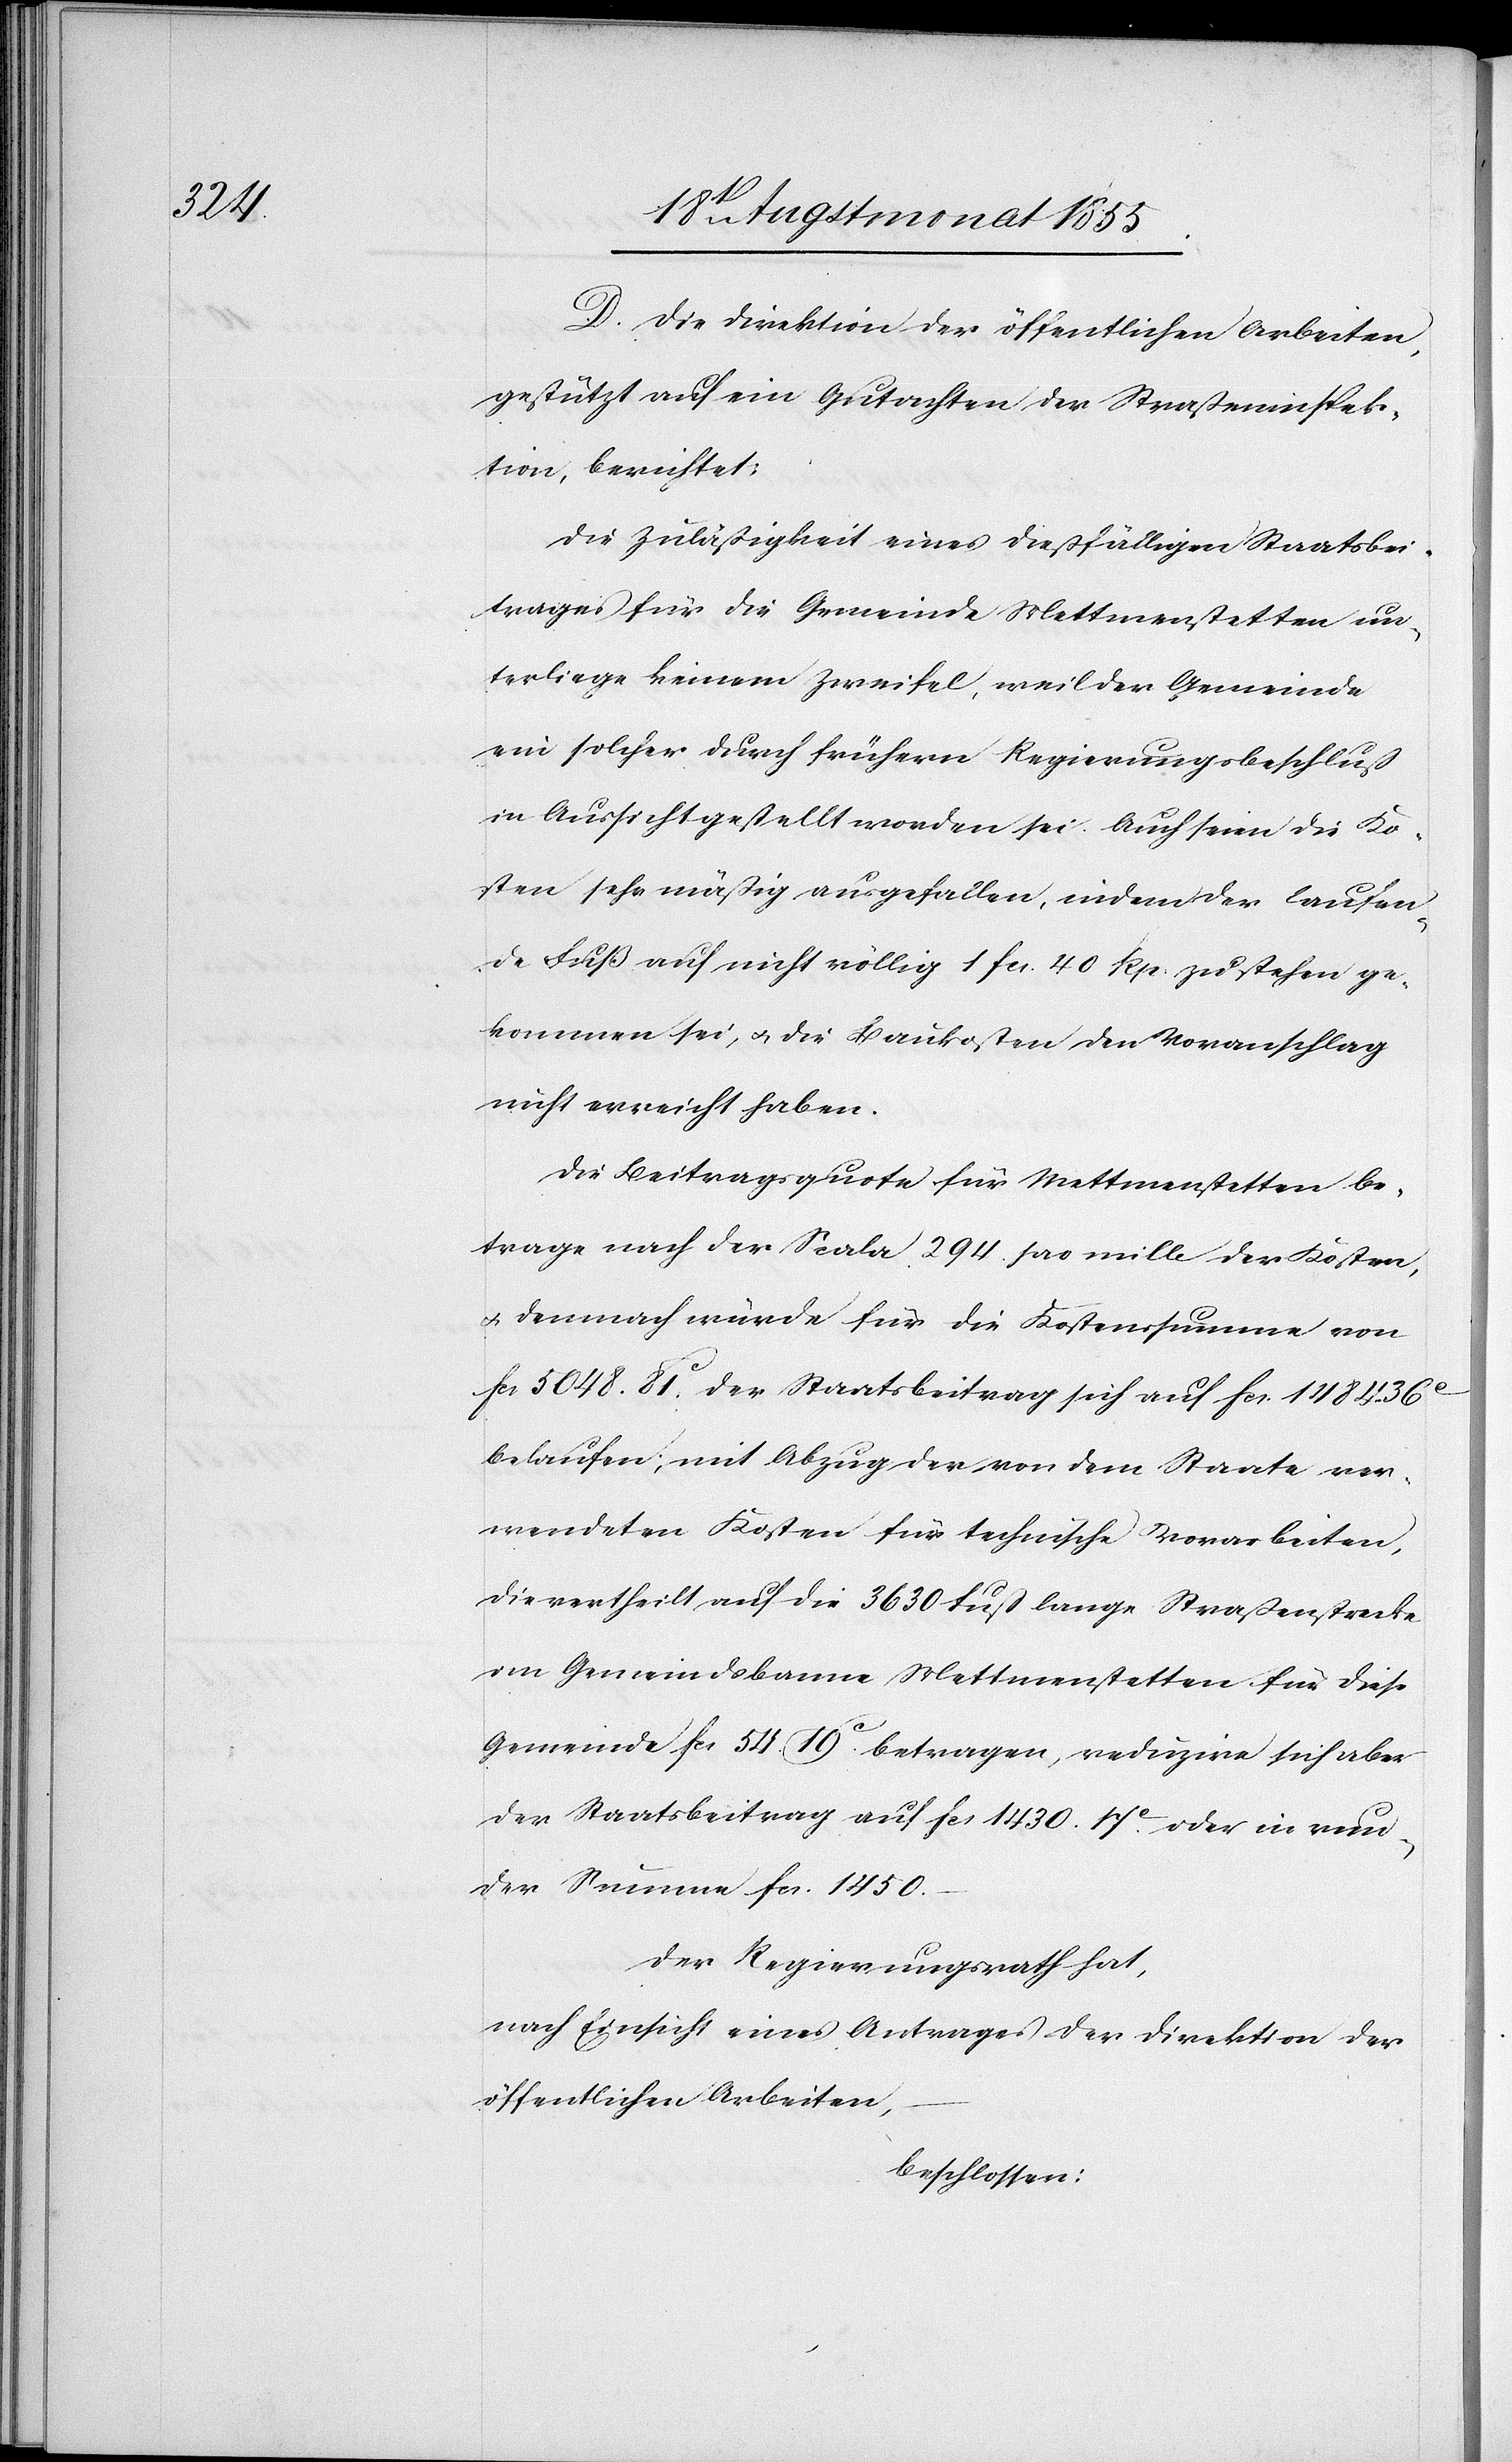
D. Die Direktion der öffentlichen Arbeiten,
gestützt auf ein Gutachten der Straßeninspek¬
tion, berichtet:
Die Zuläßigkeit eines dießfälligen Staatsbei¬
trages für die Gemeinde Mettmenstetten un¬
terliege keinem Zweifel, weil der Gemeinde
ein solcher durch frühern Regierungsbeschluß
in Aussicht gestellt worden sei. Auch seien die Ko¬
sten sehr mäßig ausgefallen, indem der laufen¬
de Fuß auf nicht völlig 1 Fcs. 40 Rp. zu stehen ge¬
kommen sei, & die Baukosten den Voranschlag
nicht erreicht haben.
Die Beitragsquote für Mettmenstetten be¬
trage nach der Scala 294. pro mille der Kosten,
& demnach würde für die Kostenssumme von
Fcs 5048. 81c. der Staatsbeitrag sich auf Fcs. 1484. 36c.
belaufen; mit Abzug der von dem Staate ver¬
wendeten Kosten für technische Vorarbeiten,
die vertheilt auf die 3630 Fuß lange Straßenstrecke
im Gemeindsbanne Mettmenstetten für diese
Gemeinde Fcs 54. 19c. betragen, reduzire sich aber
der Staatsbeitrag auf Fcs 1430. 17c. oder in run¬
der Summe Fcs. 1450.–
Der Regierungsrath hat,
nach Einsicht eines Antrages der Direktion der
öffentlichen Arbeiten,
beschlossen: